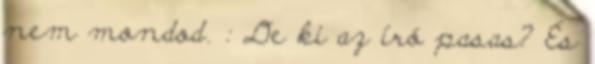
nem mondod. : De ki az író pasas? És